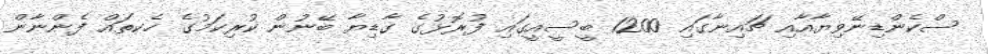
ސްކެންޑިނޭވިޔާއާއި ޗައިނާގައި 1200 ބީސީއީގައި ފުރޮޅުގެ ގާޑިޔާ ބޭނުން ކުރިކަމުގެ ހެކތައް ފެންނާން